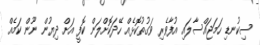
ސިކުނޑި ހަމަޖައްސާލައި އުފާވެރި ވަގުތުކޮޅެއް ހޭދަކޮށްލަން ކޮފީ އަށް ދިޔުން ނޫން ކަމެއް